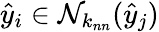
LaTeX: \hat{y}_{i}\in\mathcal N_{k_{nn}}(\hat{y}_{j})